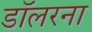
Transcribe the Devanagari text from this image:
डॉलरना